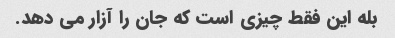
بله این فقط چیزی است که جان را آزار می دهد.